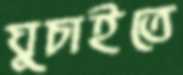
ঘুচাইতে